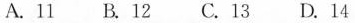
A.11 B.12 C.13 D.14